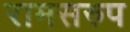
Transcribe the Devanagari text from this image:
रामसरुप